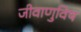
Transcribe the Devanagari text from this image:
जीवाणुविष